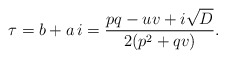
\begin{align*} \tau = b + a \, i = \frac{pq-uv + i \sqrt{D}}{2(p^2+q v)}.\end{align*}